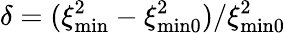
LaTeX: \delta=(\xi_{\mathrm{min}}^{2}-\xi_{\mathrm{min0}}^{2})/\xi_{\mathrm{min0}}^{2}